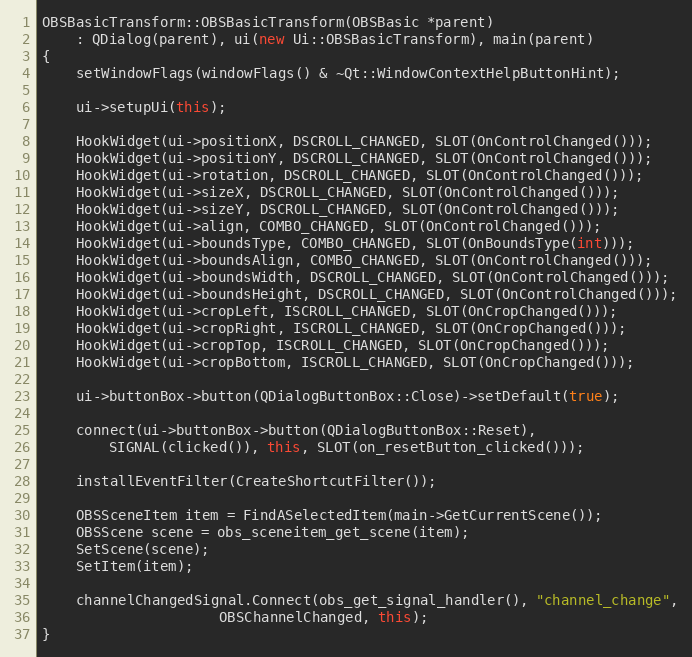
Language: C++
OBSBasicTransform::OBSBasicTransform(OBSBasic *parent)
	: QDialog(parent), ui(new Ui::OBSBasicTransform), main(parent)
{
	setWindowFlags(windowFlags() & ~Qt::WindowContextHelpButtonHint);

	ui->setupUi(this);

	HookWidget(ui->positionX, DSCROLL_CHANGED, SLOT(OnControlChanged()));
	HookWidget(ui->positionY, DSCROLL_CHANGED, SLOT(OnControlChanged()));
	HookWidget(ui->rotation, DSCROLL_CHANGED, SLOT(OnControlChanged()));
	HookWidget(ui->sizeX, DSCROLL_CHANGED, SLOT(OnControlChanged()));
	HookWidget(ui->sizeY, DSCROLL_CHANGED, SLOT(OnControlChanged()));
	HookWidget(ui->align, COMBO_CHANGED, SLOT(OnControlChanged()));
	HookWidget(ui->boundsType, COMBO_CHANGED, SLOT(OnBoundsType(int)));
	HookWidget(ui->boundsAlign, COMBO_CHANGED, SLOT(OnControlChanged()));
	HookWidget(ui->boundsWidth, DSCROLL_CHANGED, SLOT(OnControlChanged()));
	HookWidget(ui->boundsHeight, DSCROLL_CHANGED, SLOT(OnControlChanged()));
	HookWidget(ui->cropLeft, ISCROLL_CHANGED, SLOT(OnCropChanged()));
	HookWidget(ui->cropRight, ISCROLL_CHANGED, SLOT(OnCropChanged()));
	HookWidget(ui->cropTop, ISCROLL_CHANGED, SLOT(OnCropChanged()));
	HookWidget(ui->cropBottom, ISCROLL_CHANGED, SLOT(OnCropChanged()));

	ui->buttonBox->button(QDialogButtonBox::Close)->setDefault(true);

	connect(ui->buttonBox->button(QDialogButtonBox::Reset),
		SIGNAL(clicked()), this, SLOT(on_resetButton_clicked()));

	installEventFilter(CreateShortcutFilter());

	OBSSceneItem item = FindASelectedItem(main->GetCurrentScene());
	OBSScene scene = obs_sceneitem_get_scene(item);
	SetScene(scene);
	SetItem(item);

	channelChangedSignal.Connect(obs_get_signal_handler(), "channel_change",
				     OBSChannelChanged, this);
}